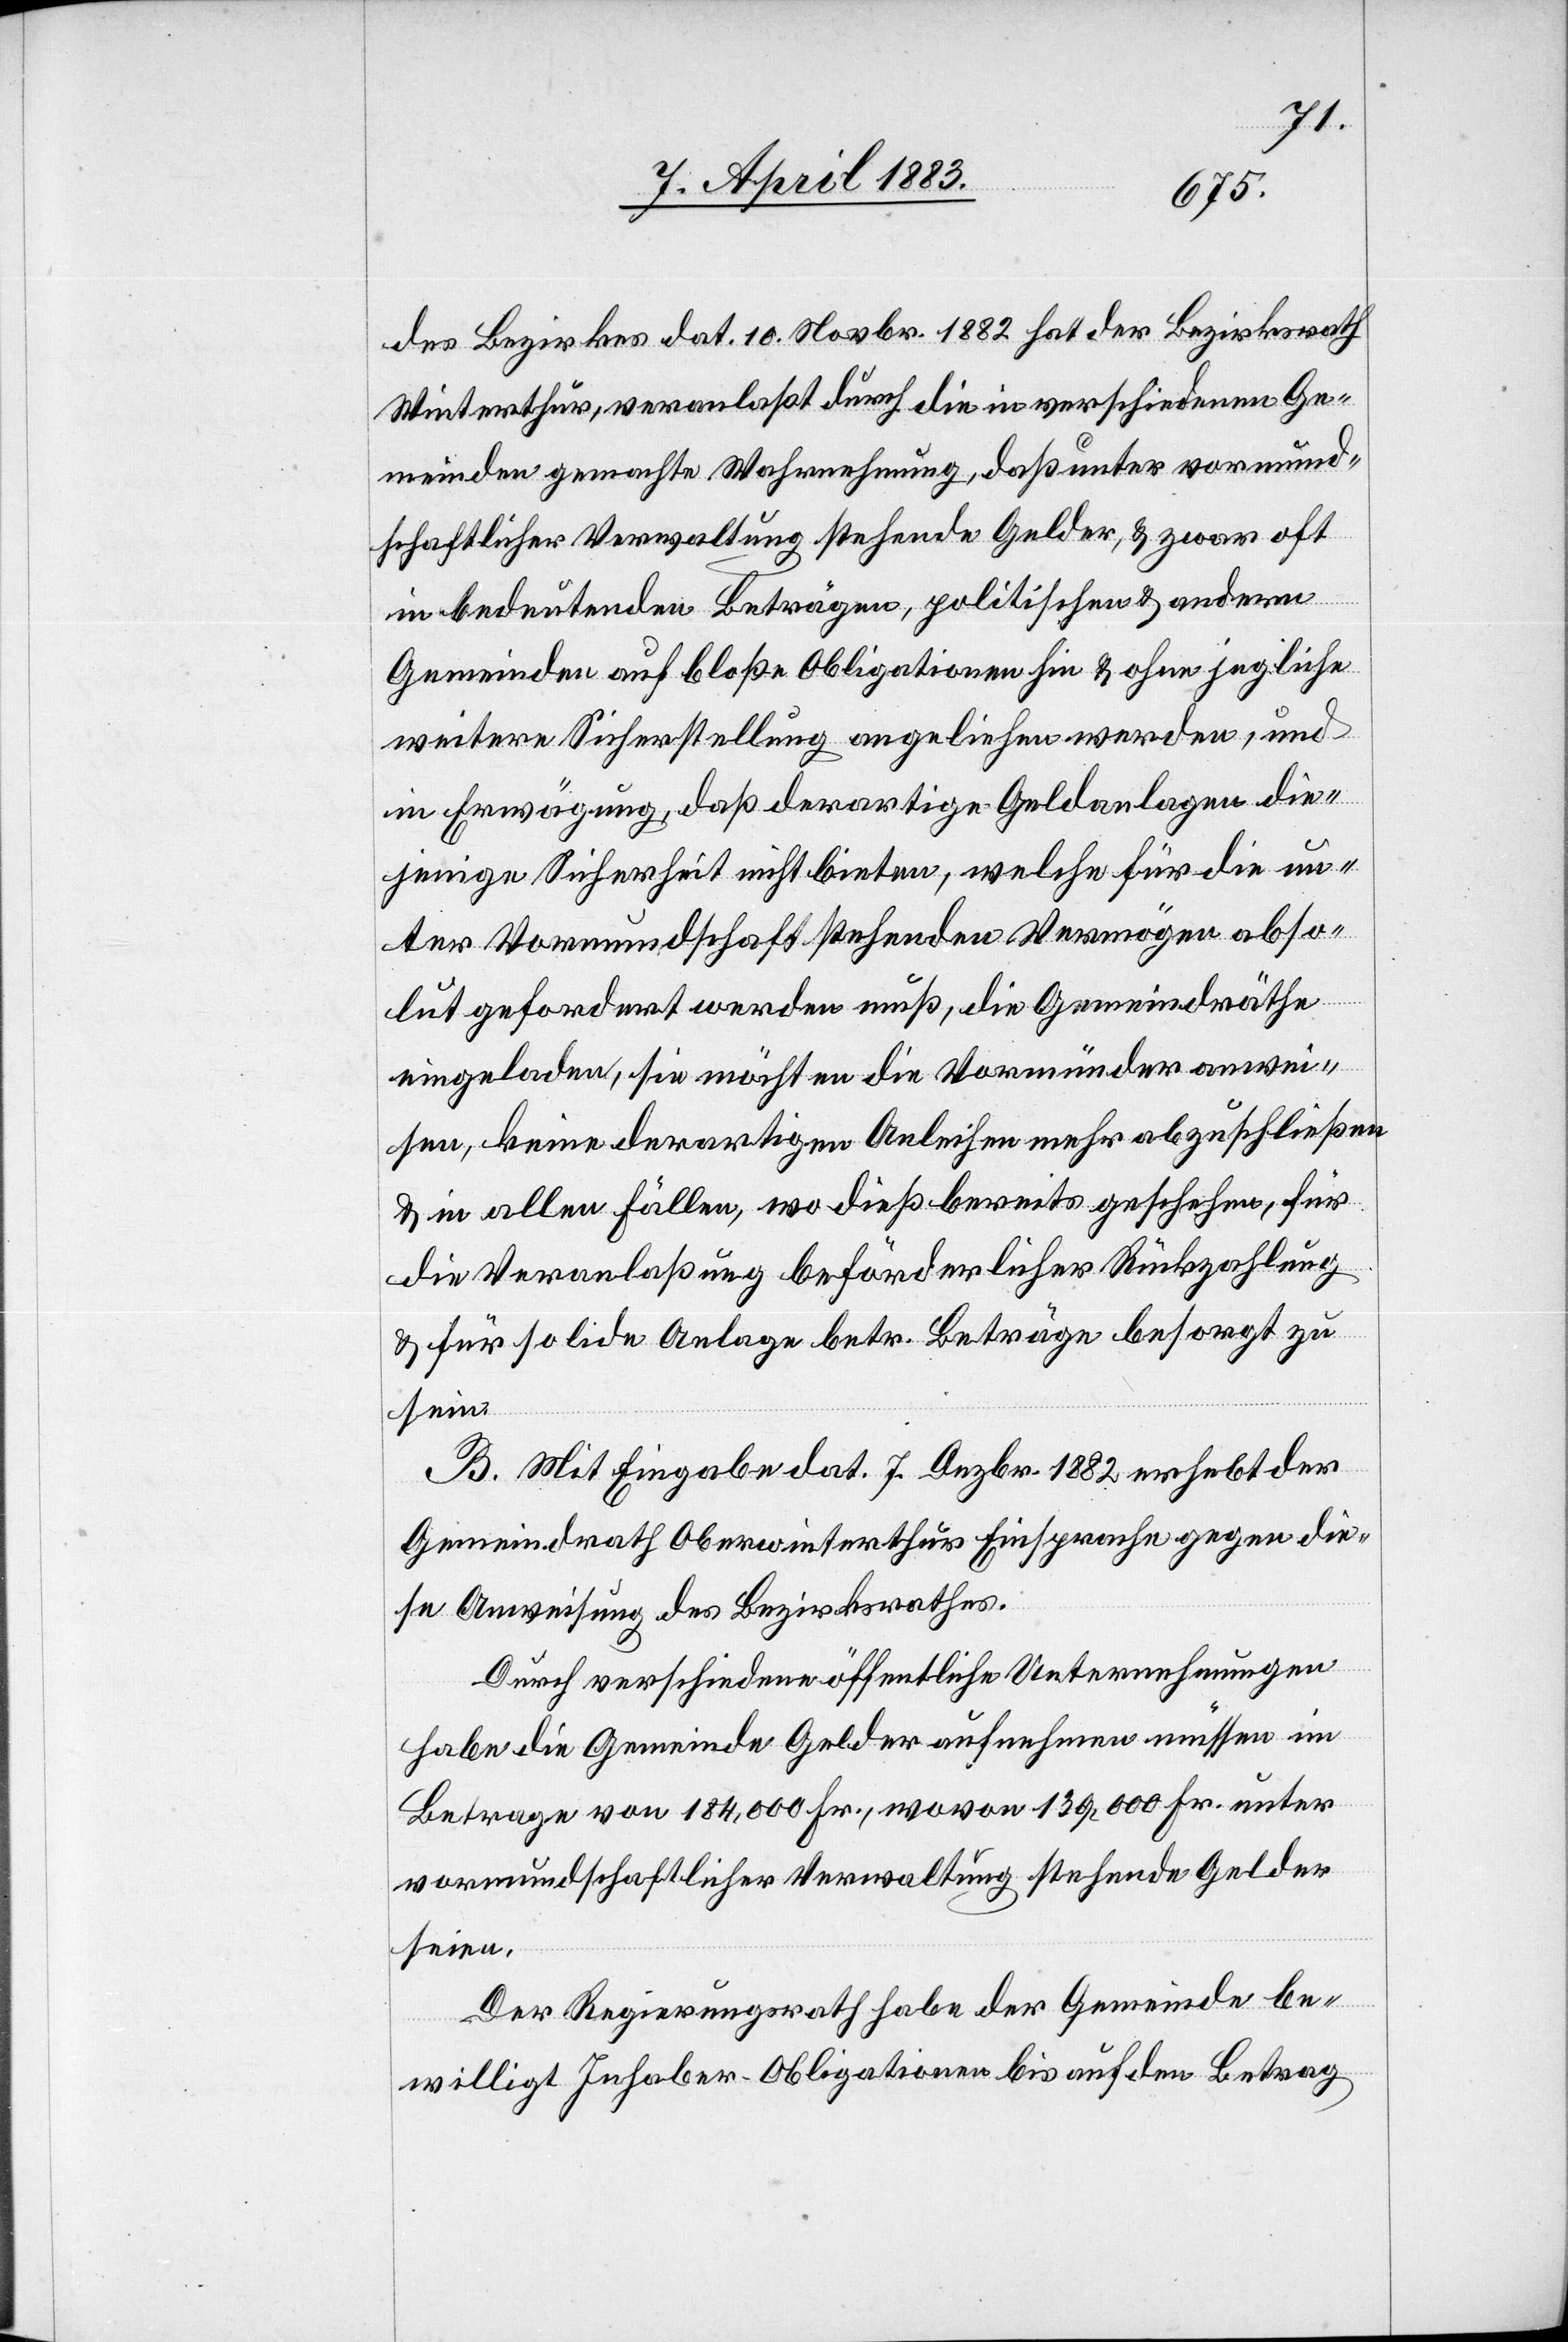
des Bezirkes dat. 10. Novbr. 1882 hat der Bezirksrath
Winterthur, veranlaßt durch die in verschiedenen Ge¬
meinden gemachte Wahrnehmung, daß unter vormund¬
schaftlicher Verwaltung stehende Gelder, & zwar oft
in bedeutenden Beträgen, politischen & andern
Gemeinden auf bloße Obligationen hin & ohne jegliche
weitere Sicherstellung angeliehen werden, und
in Erwägung, daß derartige Geldanlagen die¬
jenige Sicherheit nicht bieten, welche für die un¬
ter Vormundschaft stehenden Vermögen abso¬
lut gefordert werden muß, die Gemeindräthe
eingeladen, sie möchten die Vormünder anwei¬
sen, keine derartigen Anleihen mehr abzuschließen
& in allen Fällen, wo dieß bereits geschehen, für
die Veranlaßung beförderlicher Rückzahlung
& für solide Anlage betr. Beträge besorgt zu
sein.
B. Mit Eingabe dat. 7. Dezbr. 1882 erhebt der
Gemeindrath Oberwinterthur Einsprache gegen die¬
se Anweisung des Bezirksrathes.
Durch verschiedene öffentliche Unternehmungen
habe die Gemeinde Gelder aufnehmen müssen im
Betrage von 184,000 Fr., wovon 139,000 Fr. unter
vormundschaftlicher Verwaltung stehende Gelder
seien.
Der Regierungsrath habe der Gemeinde be¬
willigt Inhaber-Obligationen bis auf den Betrag